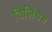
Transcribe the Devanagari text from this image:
विलिंयम